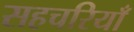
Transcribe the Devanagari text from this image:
सहचरियाँ